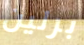
برلين